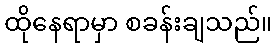
ထိုနေရာမှာ စခန်းချသည်။